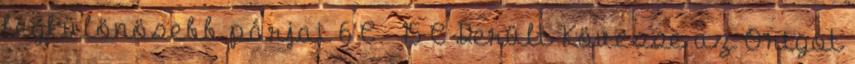
legkülönösebb párjai 6°C 15°C Derült Kövesse az Origót